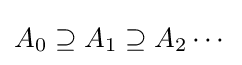
A_{0}\supseteq A_{1}\supseteq A_{2}\cdots